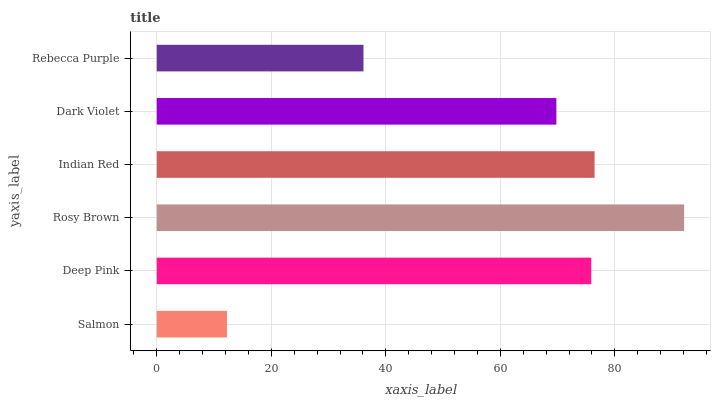
| yaxis_label | bars |
 | --- | --- |
 | Salmon | 12.3 |
 | Deep Pink | 75.9 |
 | Rosy Brown | 92.1 |
 | Indian Red | 76.5 |
 | Dark Violet | 69.8 |
 | Rebecca Purple | 36.1 |